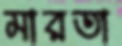
মারতা